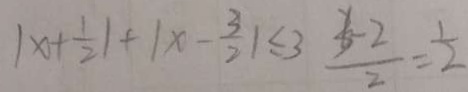
\vert x + \frac { 1 } { 2 } \vert + \vert x - \frac { 3 } { 2 } \vert \leq 3 \frac { 1 - 2 } { 2 } = \frac { 1 } { 2 }